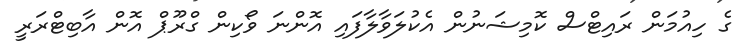
ގެ ހިއުމަން ރައިޓްސް ކޮމިޝަނުން އެކުލަވާލާފައި އޮންނަ ވޯކިން ގްރޫޕް އޮން އާބިޓްރަރީ